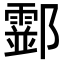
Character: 𨟘